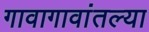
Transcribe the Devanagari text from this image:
गावागावांतल्या